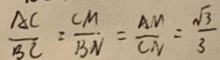
\frac { A C } { B C } = \frac { C M } { B N } = \frac { A M } { C N } = \frac { \sqrt { 3 } } { 3 }